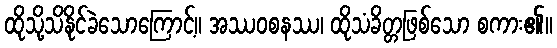
ထိုသို့သိနိုင်ခဲသောကြောင့်။ အဿဝစနဿ၊ ထိုသံခိတ္တဖြစ်သော စကား၏။